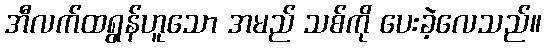
အီလက်ထရွန်ဟူသော အမည် သစ်ကို ပေးခဲ့လေသည်။